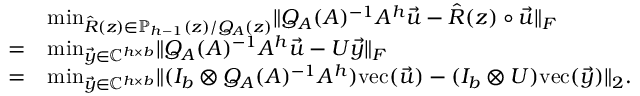
\begin{array} { r l } & { \operatorname* { m i n } _ { \hat { R } ( z ) \in \ensuremath { \mathbb { P } } _ { h - 1 } ( z ) / Q _ { A } ( z ) } \lVert Q _ { A } ( A ) ^ { - 1 } A ^ { h } \vec { u } - \hat { R } ( z ) \circ \vec { u } \rVert _ { F } } \\ { = } & { \operatorname* { m i n } _ { \vec { y } \in \ensuremath { \mathbb { C } } ^ { h \times b } } \lVert Q _ { A } ( A ) ^ { - 1 } A ^ { h } \vec { u } - U \vec { y } \rVert _ { F } } \\ { = } & { \operatorname* { m i n } _ { \vec { y } \in \ensuremath { \mathbb { C } } ^ { h \times b } } \lVert ( I _ { b } \otimes Q _ { A } ( A ) ^ { - 1 } A ^ { h } ) \mathrm { v e c } ( \vec { u } ) - ( I _ { b } \otimes U ) \mathrm { v e c } ( \vec { y } ) \rVert _ { 2 } . } \end{array}